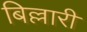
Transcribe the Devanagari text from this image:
बिल्लारी